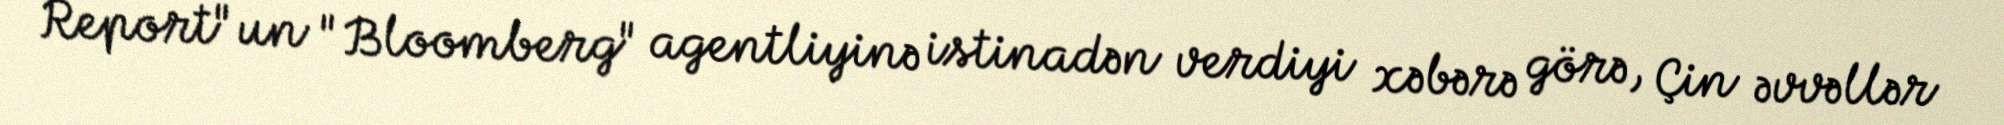
Report"un "Bloomberg" agentliyinə istinadən verdiyi xəbərə görə, Çin əvvəllər